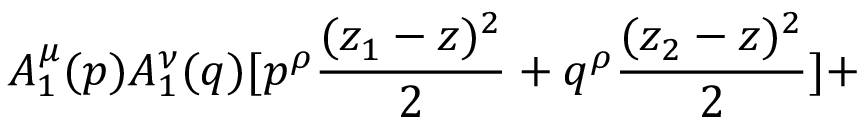
A _ { 1 } ^ { \mu } ( p ) A _ { 1 } ^ { \nu } ( q ) [ p ^ { \rho } { \frac { ( z _ { 1 } - z ) ^ { 2 } } { 2 } } + q ^ { \rho } { \frac { ( z _ { 2 } - z ) ^ { 2 } } { 2 } } ] +